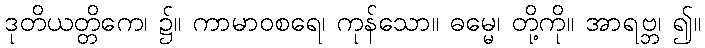
ဒုတိယတ္တိကေ၊ ၌။ ကာမာဝစရေ၊ ကုန်သော။ ဓမ္မေ၊ တို့ကို။ အာရဗ္ဘ၊ ၍။